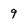
Character: 9